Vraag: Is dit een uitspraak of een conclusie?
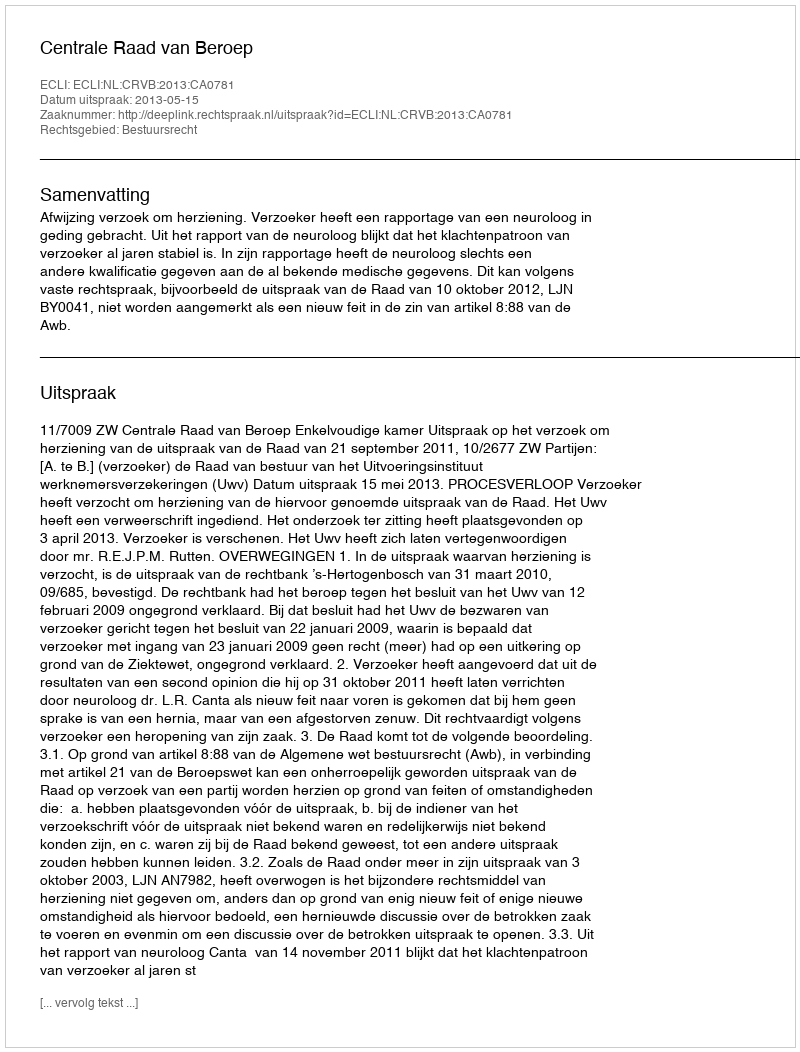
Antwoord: Uitspraak